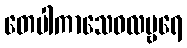
တေပါကာသေဝလမ္ဗရေ